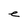
Character: e